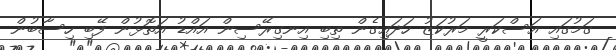
ގަމުގައި އަސްކަރީ މަރުކަޒު ހަދައިގެން ތިބި އިނގިރޭސިން އައްޑު އަތޮޅުން ފޭބި ހިސާބުން